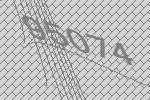
95074